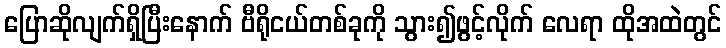
ပြောဆိုလျက်ရှိပြီးနောက် ဗီရိုငယ်တစ်ခုကို သွား၍ဖွင့်လိုက် လေရာ ထိုအထဲတွင်